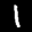
Label: 1